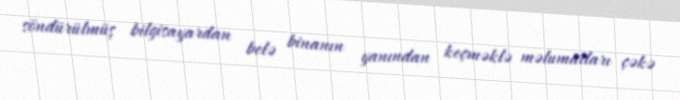
söndürülmüş bilgisayardan belə binanın yanından keçməklə məlumatları çəkə